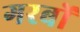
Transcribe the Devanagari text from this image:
गरबों